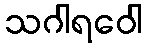
သဂါရဝေါ